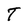
Character: T